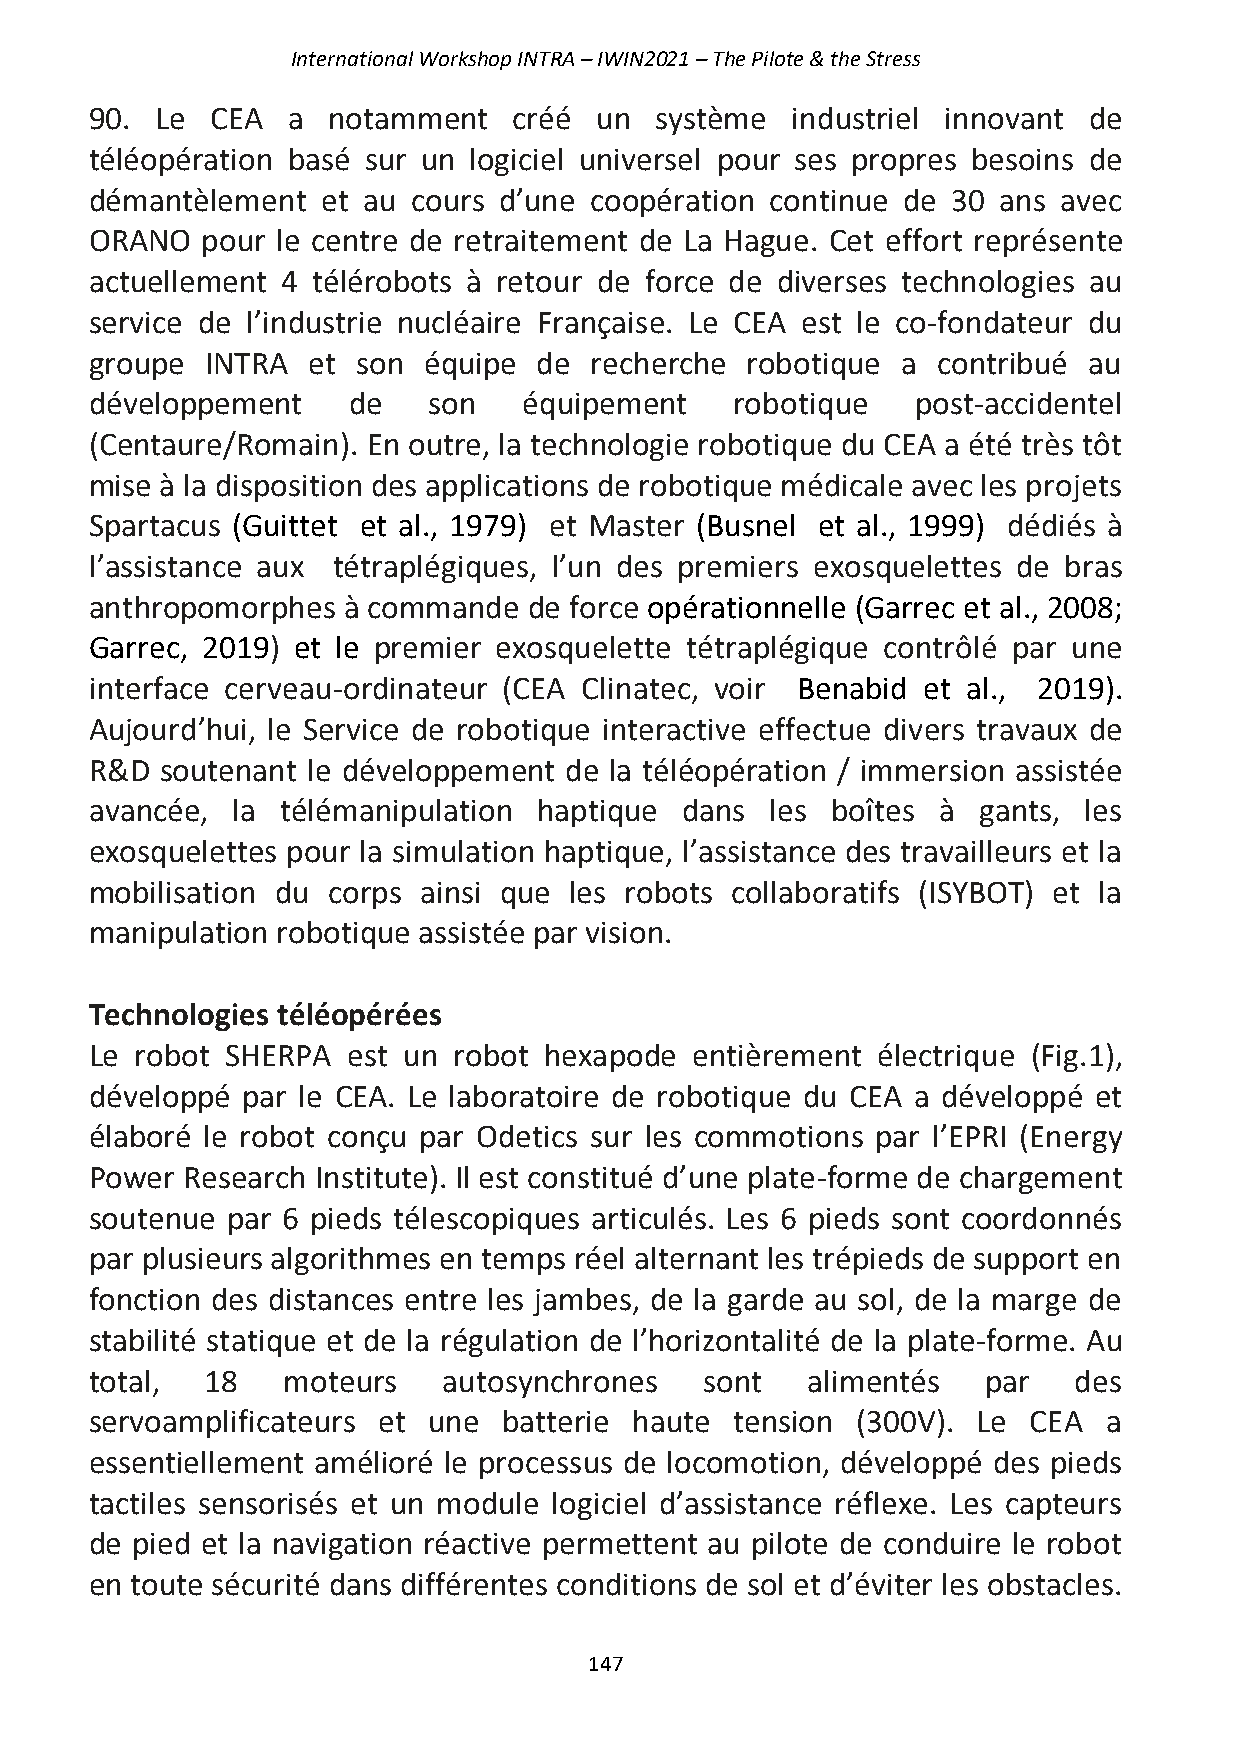
International Workshop INTRA – IWIN2021 – The Pilote & the Stress
 90. Le  CEA  a  notamment   créé un  système  industriel innovant de
 téléopération basé sur un logiciel universel pour ses propres besoins de
 démantèlement  et au cours d’une coopération continue de 30 ans avec
 ORANO  pour le centre de retraitement de La Hague. Cet effort représente
 actuellement 4 télérobots à retour de force de diverses technologies au
 service de l’industrie nucléaire Française. Le CEA est le co-fondateur du
 groupe  INTRA et  son équipe  de recherche robotique  a contribué au
 développement    de   son    équipement    robotique   post-accidentel
 (Centaure/Romain). En outre, la technologie robotique du CEA a été très tôt
 mise à la disposition des applications de robotique médicale avec les projets
 Spartacus (Guittet et al., 1979) et Master (Busnel et al., 1999) dédiés à
 l’assistance aux tétraplégiques, l’un des premiers exosquelettes de bras
 anthropomorphes  à commande  de force opérationnelle (Garrec et al., 2008;
 Garrec, 2019) et le premier exosquelette tétraplégique contrôlé par une
 interface cerveau-ordinateur (CEA Clinatec, voir Benabid et al., 2019).
 Aujourd’hui, le Service de robotique interactive effectue divers travaux de
 R&D  soutenant le développement de la téléopération / immersion assistée
 avancée, la  télémanipulation haptique dans  les boîtes à  gants, les
 exosquelettes pour la simulation haptique, l’assistance des travailleurs et la
 mobilisation du corps ainsi que les robots collaboratifs (ISYBOT) et la
 manipulation robotique assistée par vision.
 Technologies téléopérées
 Le robot SHERPA  est un robot hexapode  entièrement électrique (Fig.1),
 développé par le CEA. Le laboratoire de robotique du CEA a développé et
 élaboré le robot conçu par Odetics sur les commotions par l’EPRI (Energy
 Power Research Institute). Il est constitué d’une plate-forme de chargement
 soutenue par 6 pieds télescopiques articulés. Les 6 pieds sont coordonnés
 par plusieurs algorithmes en temps réel alternant les trépieds de support en
 fonction des distances entre les jambes, de la garde au sol, de la marge de
 stabilité statique et de la régulation de l’horizontalité de la plate-forme. Au
 total,  18   moteurs   autosynchrones    sont  alimentés   par   des
 servoamplificateurs et une batterie haute  tension (300V). Le CEA  a
 essentiellement amélioré le processus de locomotion, développé des pieds
 tactiles sensorisés et un module logiciel d’assistance réflexe. Les capteurs
 de pied et la navigation réactive permettent au pilote de conduire le robot
 en toute sécurité dans différentes conditions de sol et d’éviter les obstacles.
 147